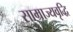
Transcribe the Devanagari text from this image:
साम्राज्यवृद्धि